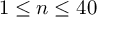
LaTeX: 1 \leq n \leq 4 0